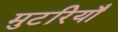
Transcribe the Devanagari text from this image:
मुटरियाँ